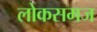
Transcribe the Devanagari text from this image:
लोकसमज